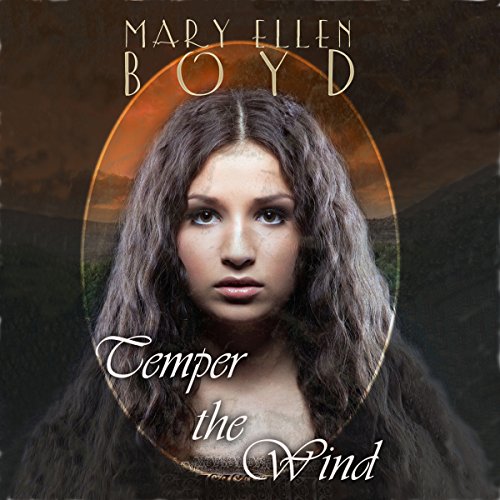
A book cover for Temper the Wind: Days of the Judges Book 1; Mary Ellen Boyd; Romance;